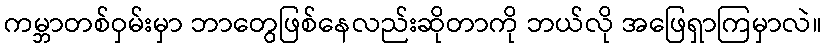
ကမ္ဘာတစ်ဝှမ်းမှာ ဘာတွေဖြစ်နေလည်းဆိုတာကို ဘယ်လို အဖြေရှာကြမှာလဲ။